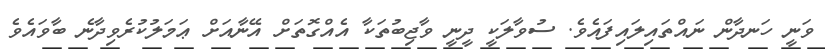
ވަނީ ހަނދާން ނައްތައިލައިފައެވެ. ސުވާލަކީ ދީނީ ވާޖިބުތަކާ އެއްގޮތަށް އޭނާއަށް ޢަމަލުކުރެވިދާނެ ބާވައެވެ